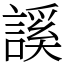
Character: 謑